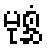
မုစ္ဆံ